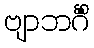
ဗျာဘင်္ဂိံ